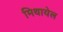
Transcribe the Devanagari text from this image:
मिथायेल